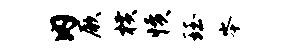
内厥横愤珏岑